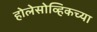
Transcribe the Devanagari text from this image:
होलेसोव्हिकच्या